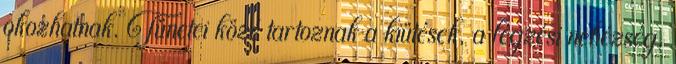
okozhatnak. Tünetei közé tartoznak a kiütések, a légzési nehézség,